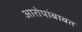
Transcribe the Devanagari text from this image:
आरोपांबाबत